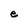
Character: e